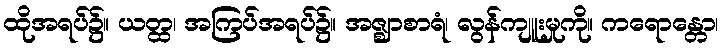
ထိုအရပ်၌။ ယတ္ထ၊ အကြပ်အရပ်၌။ အဇ္ဈာစာရံ၊ လွန်ကျူးမှုကို။ ကရောန္တော၊